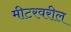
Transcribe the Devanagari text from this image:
मीटरवरील